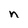
Character: n